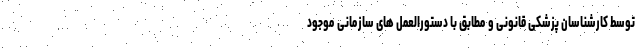
توسط کارشناسان پزشکی قانونی و مطابق با دستورالعمل های سازمانی موجود